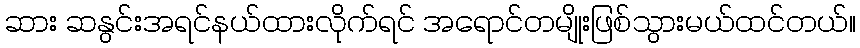
ဆား ဆနွင်းအရင်နယ်ထားလိုက်ရင် အရောင်တမျိုးဖြစ်သွားမယ်ထင်တယ်။